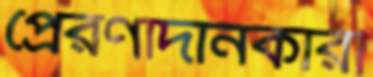
প্রেরণাদানকারী